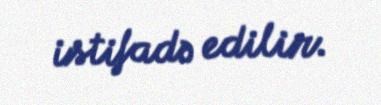
istifadə edilir.